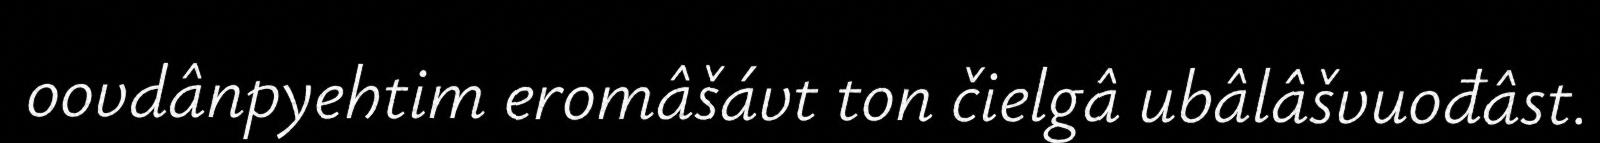
oovdânpyehtim eromâšávt ton čielgâ ubâlâšvuođâst.